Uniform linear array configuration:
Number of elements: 12
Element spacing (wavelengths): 0.75
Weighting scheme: hamming
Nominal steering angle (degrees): -45
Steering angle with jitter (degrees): -45.852
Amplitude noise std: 0.05
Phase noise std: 0.05

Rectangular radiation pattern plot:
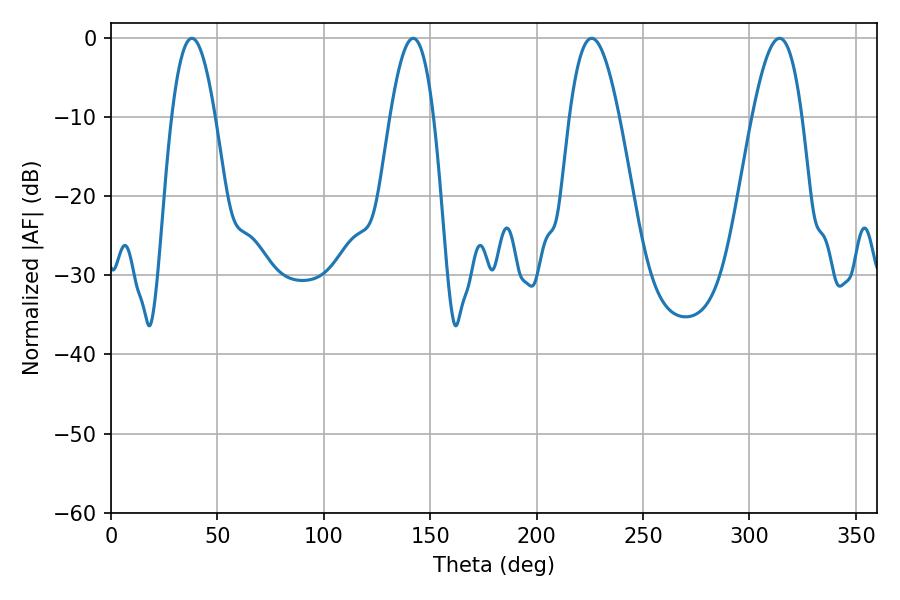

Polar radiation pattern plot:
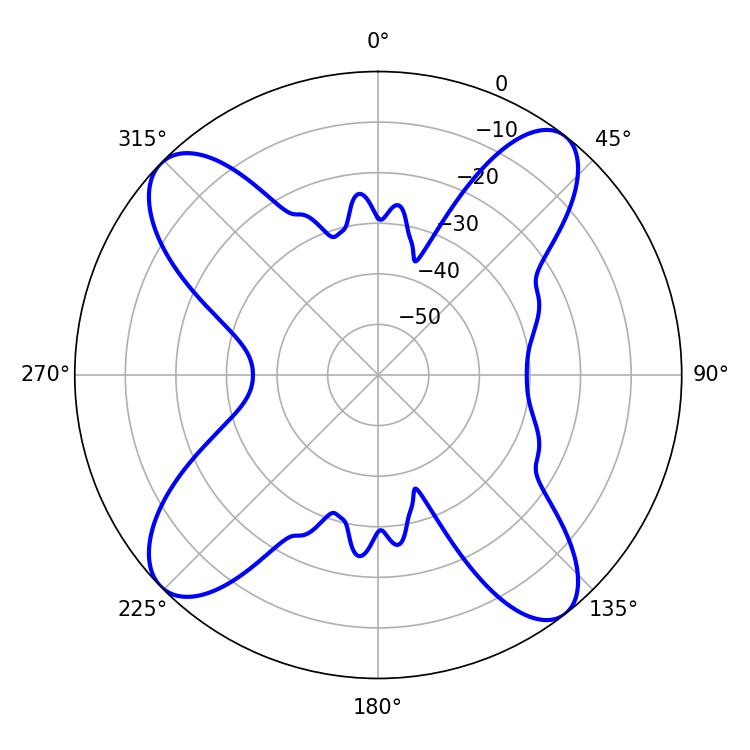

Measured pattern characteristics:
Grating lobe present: TRUE
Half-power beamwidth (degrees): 11.16
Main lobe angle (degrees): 37.98